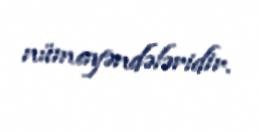
nümayəndələridir.